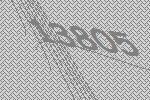
13805